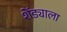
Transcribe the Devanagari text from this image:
शेंड्याला